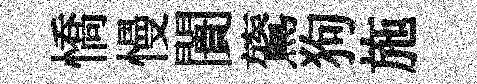
憍慢闠鷟狗施